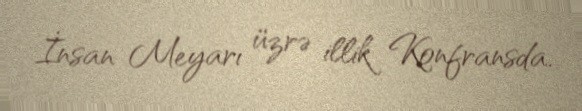
İnsan Meyarı üzrə illik Konfransda.